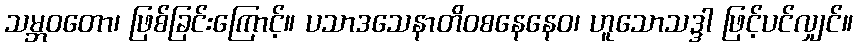
သမ္ဘဝတော၊ ဖြစ်ခြင်းကြောင့်။ ပသာဒသေနာတိဝစနေနေဝ၊ ဟူသောသဒ္ဒါ ဖြင့်ပင်လျှင်။